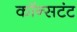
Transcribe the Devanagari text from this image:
कॉन्सटंट